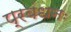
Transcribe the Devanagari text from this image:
प्रबंधनः